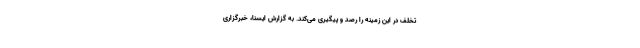
تخلف در این زمینه را رصد و پیگیری می‌کند. به گزارش ایسنا، خبرگزاری